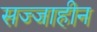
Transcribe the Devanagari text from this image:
सज्जाहीन